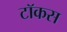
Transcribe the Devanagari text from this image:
टॉकस